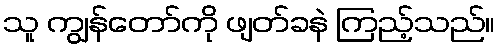
သူ ကျွန်တော်ကို ဖျတ်ခနဲ ကြည့်သည်။